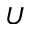
\boldsymbol { U }